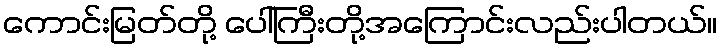
ကောင်းမြတ်တို့ ပေါ်ကြီးတို့အကြောင်းလည်းပါတယ်။